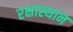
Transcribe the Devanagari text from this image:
रक्षास्थान